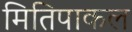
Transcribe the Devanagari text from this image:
मितिपाकल